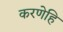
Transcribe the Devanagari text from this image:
करणेहि